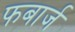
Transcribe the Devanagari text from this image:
फबार्ज